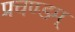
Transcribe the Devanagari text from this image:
प्रचण्डम्